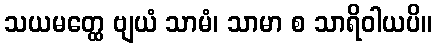
သယမတ္ထေ ဗျယံ သာမံ၊ သာမာ စ သာရိဝါယပိ။